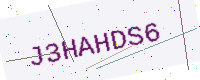
Text: J3HAHDS6